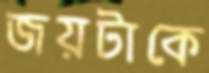
জয়টাকে